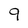
Character: 9